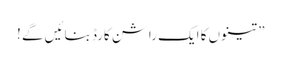
” تینوں کا ایک راشن کارڈ بنائیں گے !